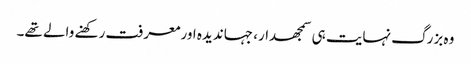
وہ بزرگ نہایت ہی سمجھدار، جہاندیدہ اورمعرفت رکھنے والے تھے۔